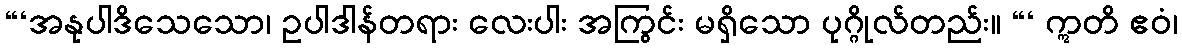
“‘အနုပါဒိသေသော၊ ဥပါဒါန်တရား လေးပါး အကြွင်း မရှိသော ပုဂ္ဂိုလ်တည်း။ “‘ ဣတိ ဧဝံ၊